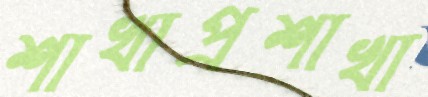
শাখাপ্রশাখা